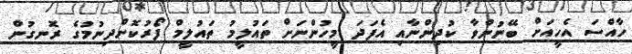
ހާއްސަ އެހީއަށް ބޭނުންވާ ކުދިންނާއި އެފަދަ މީހުންނަށް ތައުލީމު ތައުލީމް ފޯރުކޮށްދިނުމުގެ ރޮނގުން